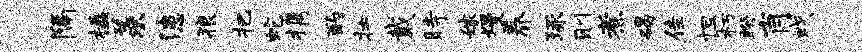
隔楹羡漶狼把蛇携酌壮戴时嫁熳养琢则煮碣佳怛朽睽肖戏